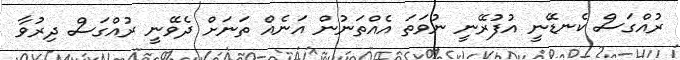
ރުއްގަސް ކެނޑޭނީ އުފުރޭނީ ނުވަތަ އެއްތަނުން އަނެއް ތަނަށް ދެވޭނީ ރުއްގަސް ދިރުވާ